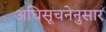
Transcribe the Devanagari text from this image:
अधिसूचनेनुसार